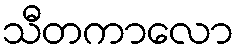
သီတကာလော